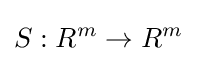
S:R^{m}\to R^{m}